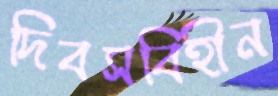
দিবসবিহীন